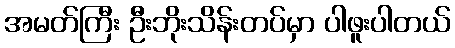
အမတ်ကြီး ဦးဘိုးသိန်းတပ်မှာ ပါဖူးပါတယ်